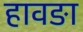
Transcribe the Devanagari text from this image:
हावङा